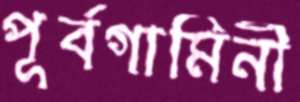
পূর্বগামিনী